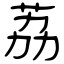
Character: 荔